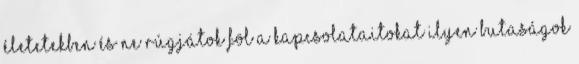
életetekben és ne rúgjátok föl a kapcsolataitokat ilyen butaságok